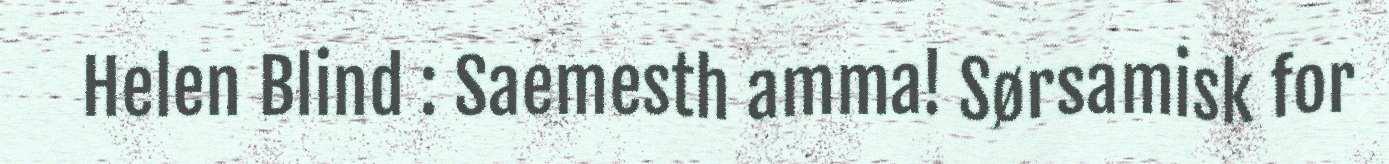
Helen Blind : Saemesth amma! Sørsamisk for